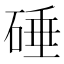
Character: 硾